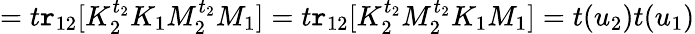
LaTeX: =t\mathtt{r}_{12}[K_{2}^{t_{2}}K_{1}M_{2}^{t_{2}}M_{1}]=t\mathtt{r}_{12}[K_{2}^{t_{2}}M_{2}^{t_{2}}K_{1}M_{1}]=t(u_{2})t(u_{1})